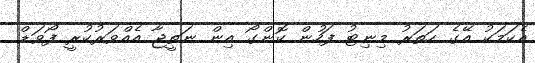
އެކަމަކު އޭގެ ހަތަރު މިނިޓު ފަހުން ކޮންގޯ އިން ނަތީޖާ އެއްވަރުކުރީ ފޯވަޑް